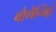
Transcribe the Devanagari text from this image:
बौगैन्विल्ले